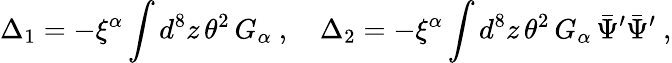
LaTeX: \Delta_{1}=-\xi^{\alpha}\int d^{8}z\, \theta^{2}\, G_{\alpha}\ ,\quad\Delta_{2}=-\xi^{\alpha}\int d^{8}z\, \theta^{2}\, G_{\alpha}\, \bar{\Psi}^{\prime}\bar{\Psi}^{\prime}\ ,